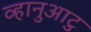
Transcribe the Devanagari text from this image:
व्हानुआटु